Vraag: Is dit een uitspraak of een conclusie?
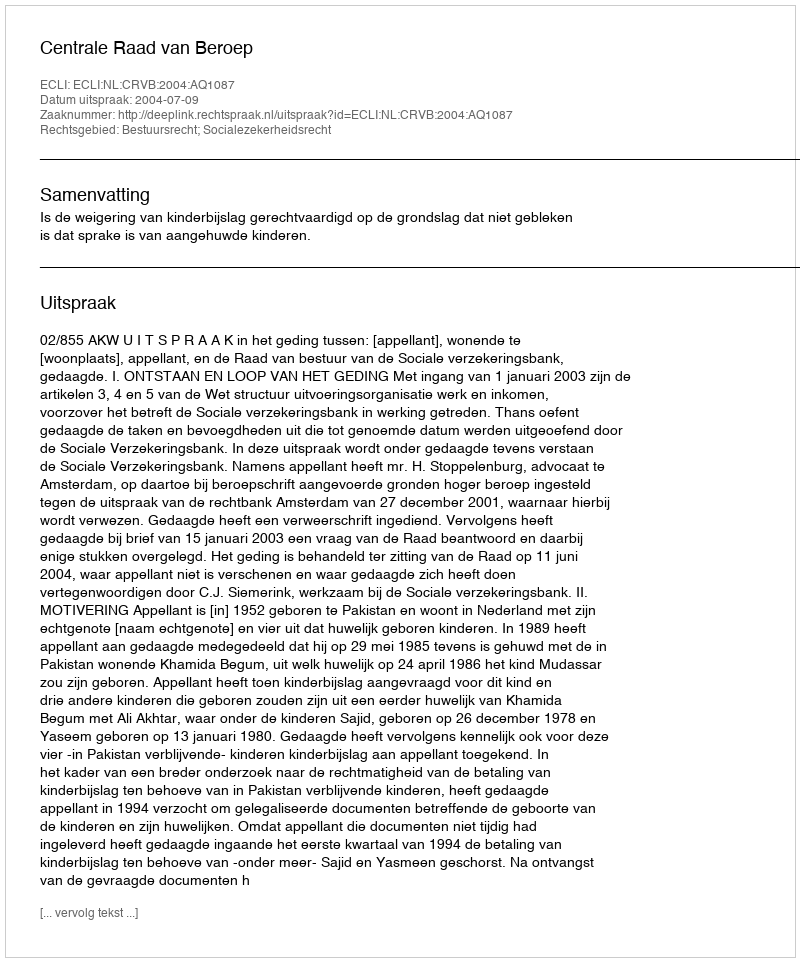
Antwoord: Uitspraak